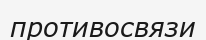
противосвязи